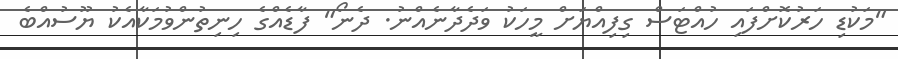
"މަކުޑި ހަރުކޮށްފައި ހުއްޓަސް ގިފިއްޔަށް މީހަކު ވަދެދާނެއްނު. ދެނޯ" ފާޑެއްގެ ހިނިތުންވުމަކާއެކު ޔޫސުއްބެ